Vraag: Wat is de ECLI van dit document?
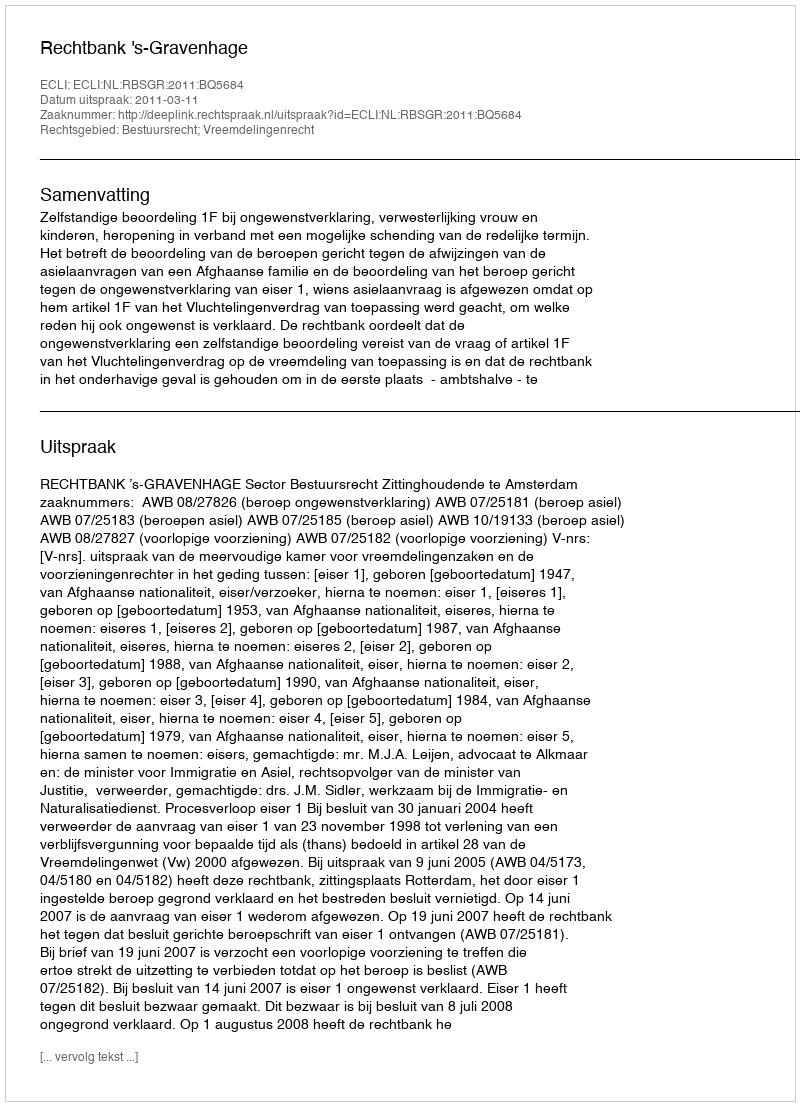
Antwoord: ECLI:NL:RBSGR:2011:BQ5684